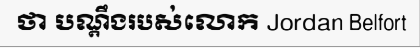
ថា បណ្តឹងរបស់លោក Jordan Belfort